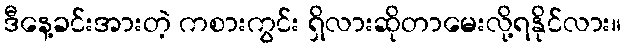
ဒီနေ့ခင်းအားတဲ့ ကစားကွင်း ရှိလားဆိုတာမေးလို့ရနိုင်လား။